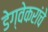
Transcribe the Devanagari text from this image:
डेग्वेकरांचे